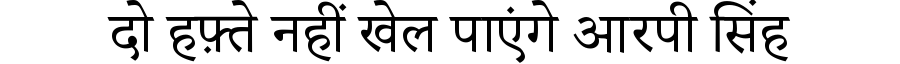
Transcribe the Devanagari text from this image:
दो हफ़्ते नहीं खेल पाएंगे आरपी सिंह